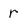
Character: r